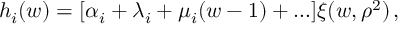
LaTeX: h _ { i } ( w ) = [ \alpha _ { i } + \lambda _ { i } + \mu _ { i } ( w - 1 ) + \ldots ] \xi ( w , \rho ^ { 2 } ) \, ,